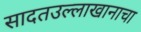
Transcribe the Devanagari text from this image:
सादतउल्लाखानाचा